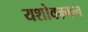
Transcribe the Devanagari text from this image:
यशोवम्र्मन